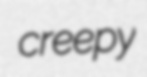
creepy